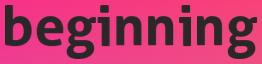
beginning